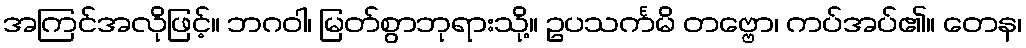
အကြင်အလိုဖြင့်။ ဘဂဝါ၊ မြတ်စွာဘုရားသို့။ ဥပသင်္ကမိ တဗ္ဗော၊ ကပ်အပ်၏။ တေန၊